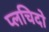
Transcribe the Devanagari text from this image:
प्लचिदो